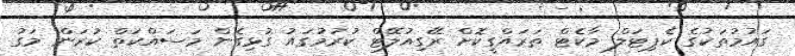
ގައުމުތަކުގެ ކެޕިޓަލް މާކެޓް ތަރައްގީކޮށް ރޭގިއުލޭޓް ކުރުމުގައު ގުޅިގެން މަސައްކަތް ކުރަން މަގު